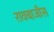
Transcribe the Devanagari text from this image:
रावबाजीस